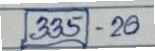
(335) - 20